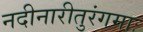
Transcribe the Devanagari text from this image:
नदीनारीतुरंगमाः